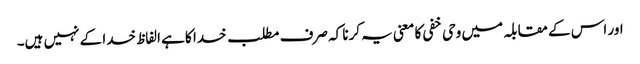
اور اس کے مقابلہ میں وحی خفی کا معنی یہ کرنا کہ صرف مطلب خدا کا ہے الفاظ خدا کے نہیں ہیں۔